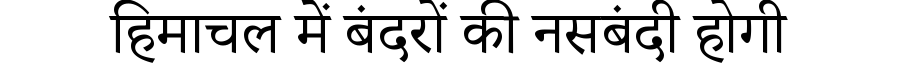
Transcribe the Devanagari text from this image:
हिमाचल में बंदरों की नसबंदी होगी